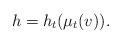
LaTeX: \begin{align*}h=h_t(\mu_t(v)).\end{align*}